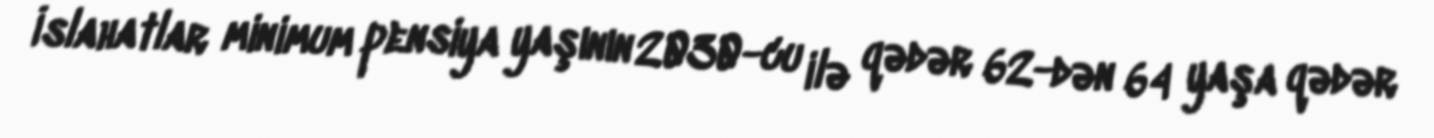
İslahatlar minimum pensiya yaşının 2030-cu ilə qədər 62-dən 64 yaşa qədər